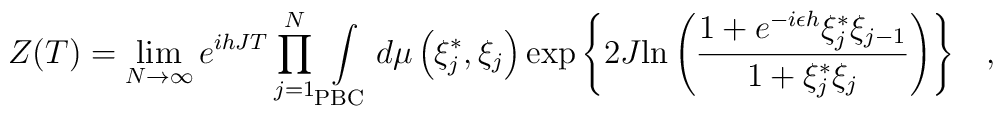
Z(T) =\lim_{N \rightarrow \infty} e^{ihJT}  \prod\limits_{j=1}^N\int\limits_{\rm PBC} { {d\mu \left( {\xi _j^*,\xi _j} \right)}\exp\left\{ {2J {\ln\left( {{{1+e^{-i\epsilon h}\xi _j^*\xi _{j-1}} \over {1+\xi _j^*\xi_j}}}\right)}} \right\}}\quad,